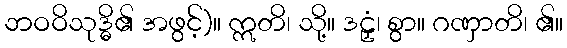
ဘဝဝိသုဒ္ဓိ၏ အဖွင့်)။ ဣတိ၊ သို့။ ဒဠှံ၊ စွာ။ ဂဏှာတိ၊ ၏။